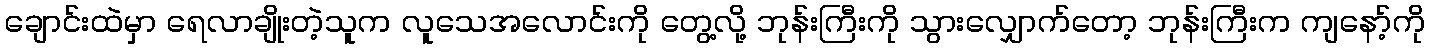
ချောင်းထဲမှာ ရေလာချိုးတဲ့သူက လူသေအလောင်းကို တွေ့လို့ ဘုန်းကြီးကို သွားလျှောက်တော့ ဘုန်းကြီးက ကျနော့်ကို